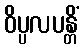
ဝိပ္ပလပန္တိံ